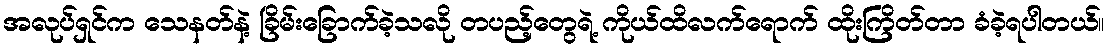
အလုပ်ရှင်က သေနတ်နဲ့ ခြိမ်းခြောက်ခဲ့သလို တပည့်တွေရဲ့ ကိုယ်ထိလက်ရောက် ထိုးကြိတ်တာ ခံခဲ့ရပါတယ်။